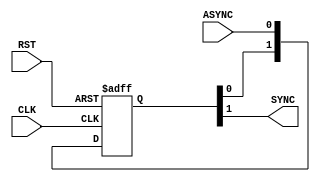

module BIT_SYNC #(
	parameter	BUS_WIDTH	=	1, 	//default value
	parameter	NUM_STAGES 	= 	2	//default value
	)

	(
	input	wire		[BUS_WIDTH-1:0]		ASYNC,
	input	wire							CLK,
	input	wire							RST,
	output	reg			[BUS_WIDTH-1:0]		SYNC
	
	);


// Synchronization FlipFlops
reg	[NUM_STAGES-1:0]	Sync_FFs	[BUS_WIDTH-1:0];

//iterator
integer i;


always @(posedge CLK or negedge RST) begin
	if (!RST) begin
		
		for(i=0;i<BUS_WIDTH;i=i+1) begin
			Sync_FFs[i]		<=		'b0;
		end
		
	end
	else  begin

		for(i=0;i<BUS_WIDTH;i=i+1) begin
			Sync_FFs[i]		<=		{	Sync_FFs[i][NUM_STAGES-2:0], ASYNC[i]	};	
		end
		
	end
end

//Assiging output
always @(*)
 begin
  for (i=0; i<BUS_WIDTH; i=i+1)
    SYNC[i] = Sync_FFs[i][NUM_STAGES-1] ; 
 end 





endmodule